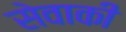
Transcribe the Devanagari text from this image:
सेवाकी